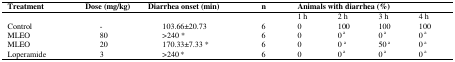
<table><thead><tr><td><b>Treatment</b></td><td><b>Dose (mg/kg)</b></td><td><b>Diarrhea onset (min)</b></td><td><b>n</b></td><td colspan="4"><b>Animals with diarrhea (%)</b></td></tr></thead><tbody><tr><td></td><td></td><td></td><td></td><td>1 h</td><td>2 h</td><td>3 h</td><td>4 h</td></tr><tr><td>Control </td><td>-</td><td>103.66±20.73</td><td>6</td><td>0</td><td>100</td><td>100</td><td>100</td></tr><tr><td>MLEO </td><td>80</td><td>&gt;240 *</td><td>6</td><td>0</td><td>0 a</td><td>0 a</td><td>0 a</td></tr><tr><td>MLEO </td><td>20</td><td>170.33±7.33 *</td><td>6</td><td>0</td><td>0 a</td><td>50 a</td><td>0 a</td></tr><tr><td>Loperamide</td><td>3</td><td>&gt;240 *</td><td>6</td><td>0</td><td>0 a</td><td>0 a</td><td>0 a</td></tr></tbody></table>